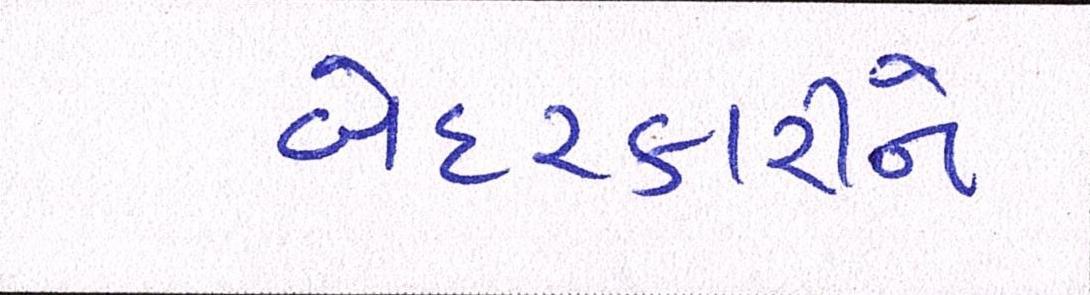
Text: બેદરકારીને